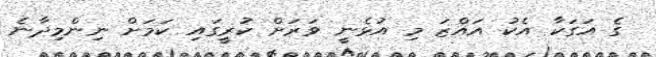
ގެ އަގަކާ އެކު އައްޒަ މި އުޅެނީ ވަރަށް ކުރީގައި ކަމަށް ނިންމިދާނެ